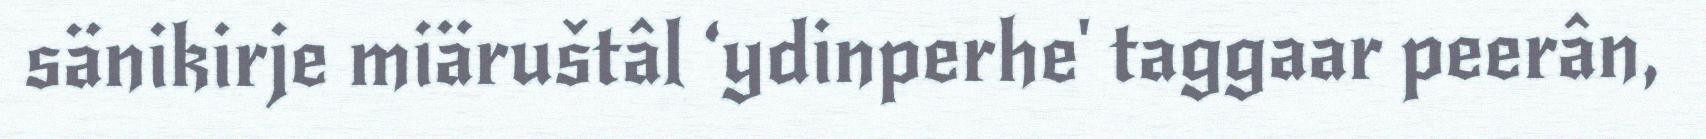
sänikirje miäruštâl ‘ydinperhe' taggaar peerân,